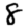
Digit: 8